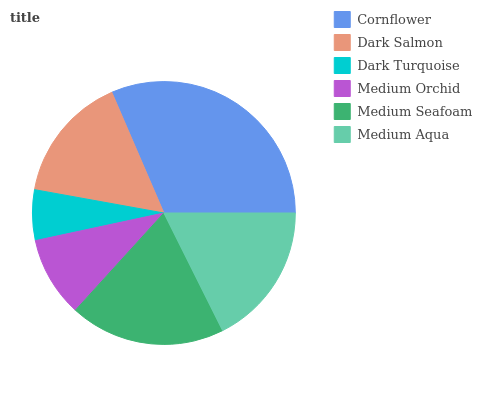
| Cornflower | Dark Salmon | Dark Turquoise | Medium Orchid | Medium Seafoam | Medium Aqua |
 | --- | --- | --- | --- | --- | --- |
 | 31.5% | 15.7% | 6.2% | 9.88% | 19.1% | 17.7% |